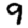
Digit: 9